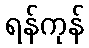
ရန်ကုန်